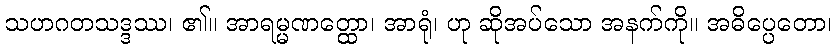
သဟဂတသဒ္ဒဿ၊ ၏။ အာရမ္မဏတ္ထော၊ အာရုံ၊ ဟု ဆိုအပ်သော အနက်ကို။ အဓိပ္ပေတော၊